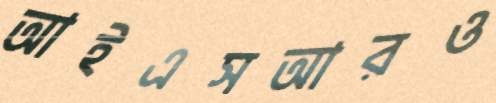
আইএসআরও